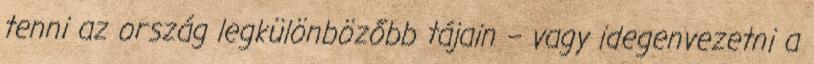
tenni az or­szág legkülönbözőbb tájain – vagy idegenvezetni a